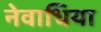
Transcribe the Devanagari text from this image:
नेवाधिया